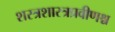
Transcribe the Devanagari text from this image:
शस्त्रशास्त्रप्रवीणश्च